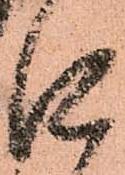
口